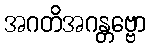
အဂတိအဂန္တဗ္ဗော